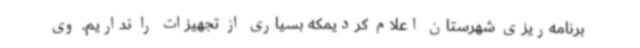
برنامه‌ریزی شهرستان اعلام کردیمکه بسیاری از تجهیزات را نداریم. وی